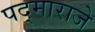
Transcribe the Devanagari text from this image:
पद्‌माराजे